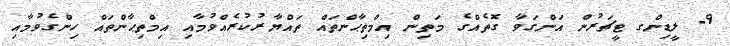
9- ލީޑިންގ ޓީޗަރުން އަންގަވާ ގޮތެއްގެ މަތިން އިމްތިޙާންތައް ތައްޔާރުކުރެއްވުމާއި އިމްތިޙާންތައް ހިންގެވުމާއި